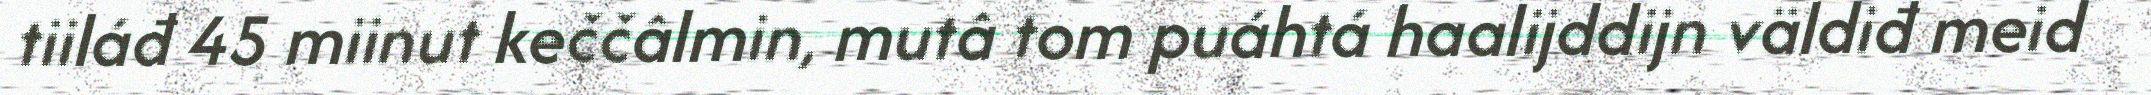
tiiláđ 45 miinut keččâlmin, mutâ tom puáhtá haalijddijn väldiđ meid